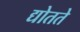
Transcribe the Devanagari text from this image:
द्योतते